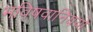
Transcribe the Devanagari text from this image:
भविषवानिययो